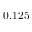
0 . 1 2 5